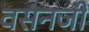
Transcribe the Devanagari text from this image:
वसनजी